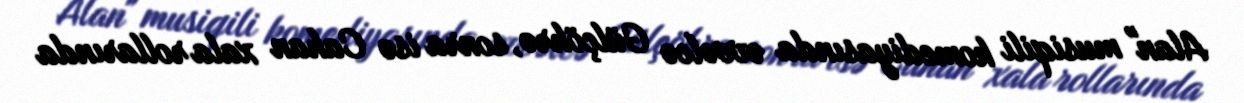
Alan" musiqili komediyasında əvvəlcə Gülçöhrə, sonra isə Cahan xala rollarında